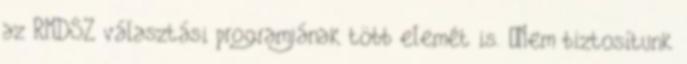
az RMDSZ választási programjának több elemét is. „Nem biztosítunk